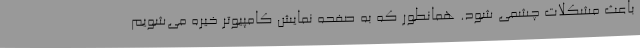
باعث مشکلات چشمی شود. همانطور که به صفحه نمایش کامپیوتر خیره می‌شویم